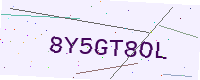
Text: 8Y5GT8OL